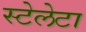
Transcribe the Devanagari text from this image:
स्टेलेटा